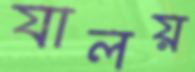
যালয়